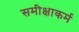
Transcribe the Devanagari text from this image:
समीक्षाकर्म